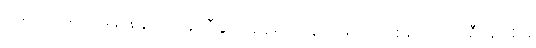
မေလ၁၉ရက်နေ့ နံနက် ၇နာရီခွဲအချိန်မှာ နေအိမ်ထဲထိ စစ်ကောင်စီအုပ်စုမှ